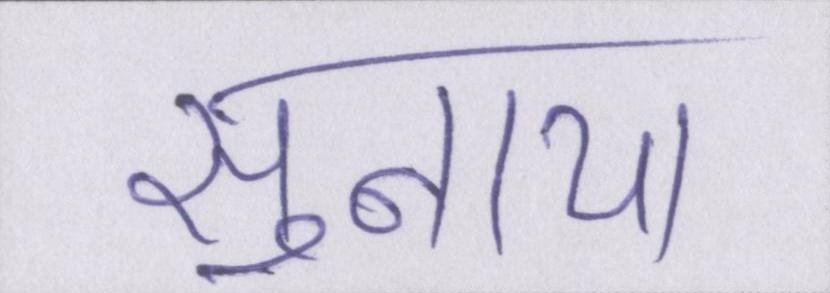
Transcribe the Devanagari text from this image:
सुनाया।